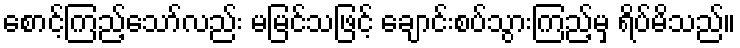
စောင့်ကြည့်သော်လည်း မမြင်သဖြင့် ချောင်းစပ်သွားကြည့်မှ ရိပ်မိသည်။